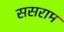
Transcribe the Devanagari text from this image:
ससराम